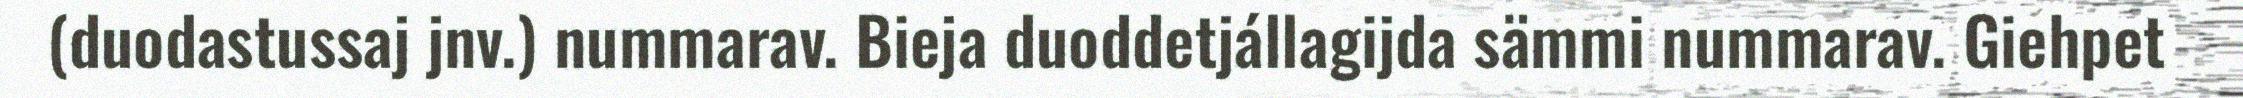
(duodastussaj jnv.) nummarav. Bieja duoddetjállagijda sämmi nummarav. Giehpet